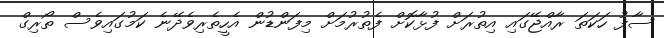
ސާފު ހަކަތަ ރާއްޖޭގައި އިތުރަށް ފުޅާކޮށް ފެތުރުމަށް މިފަންޑުން އެހީތެރިވެދޭނެ ކަމުގައިވެސް ތޯރިގް